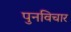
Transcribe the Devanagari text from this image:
पुनविचार